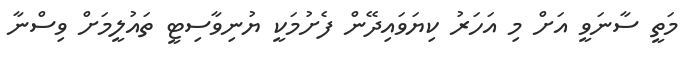
މަތީ ސާނަވީ އަށް މި އަހަރު ކިޔަވައިދޭން ފެށުމަކީ ޔުނިވާސިޓީ ތައުލީމަށް ވިސްނާ